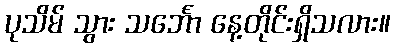
ပုသိမ် သွား သင်္ဘော နေ့တိုင်းရှိသလား။